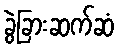
ခွဲခြားဆက်ဆံ